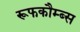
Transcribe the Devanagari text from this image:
रूफकौम्ब्स